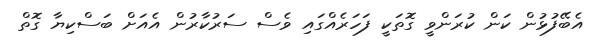
އެބޭފުޅުން ކަން ކުރަންވީ ގޮތަކީ ފަހަރެއްގައި ވެސް ސަރުކާރުން އެއަށް ބަސްކިޔާ ގޮތް